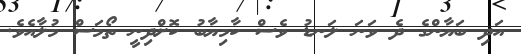
އަދި ބަޔާންގެ ދެ ވަނަ ލަނޑު ވެސް ކާމިޔާބު ކޮށްދިނީ ތޯމަސް މުލާއެވެ.